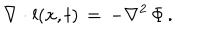
\nabla \cdot { \bf l } ( { \bf x } , t ) \, = \, - \nabla ^ { 2 } \, \Phi \, .